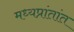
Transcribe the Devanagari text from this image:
मध्यप्रांतांत